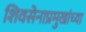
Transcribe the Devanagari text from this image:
शिवसेनाप्रमुखांच्या